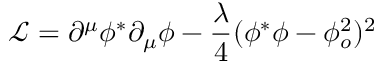
{ \mathcal L } = \partial ^ { \mu } \phi ^ { * } \partial _ { \mu } \phi - \frac { \lambda } { 4 } ( \phi ^ { * } \phi - \phi _ { o } ^ { 2 } ) ^ { 2 }